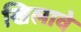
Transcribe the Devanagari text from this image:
खिलावे